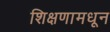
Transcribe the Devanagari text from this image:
शिक्षणामधून